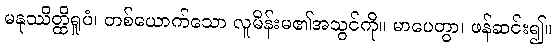
မနုဿိတ္ထိရူပံ၊ တစ်ယောက်သော လူမိန်းမ၏အသွင်ကို။ မာပေတွာ၊ ဖန်ဆင်း၍။